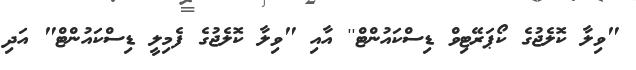
"ވިލާ ކޮލެޖުގެ ކޯޕަރޭޓިވް ޑިސްކައުންޓް'' އާއި "ވިލާ ކޮލެޖުގެ ފެމިލީ ޑިސްކަައުންޓް" އަދި